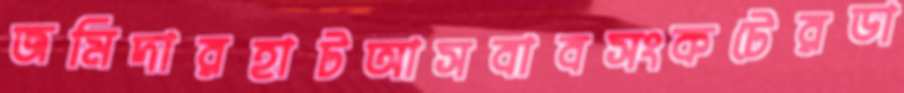
জমিদারহাটআসবাবসংকটেরডা